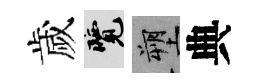
歲覽塑典